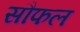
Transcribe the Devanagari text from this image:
सौफल